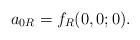
LaTeX: \begin{align*}a_{0R} = f_R(0,0;0).\end{align*}